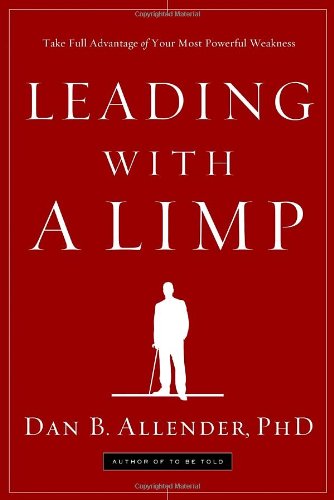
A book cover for Leading with a Limp: Take Full Advantage of Your Most Powerful Weakness; Dan B. Allender; Christian Books & Bibles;